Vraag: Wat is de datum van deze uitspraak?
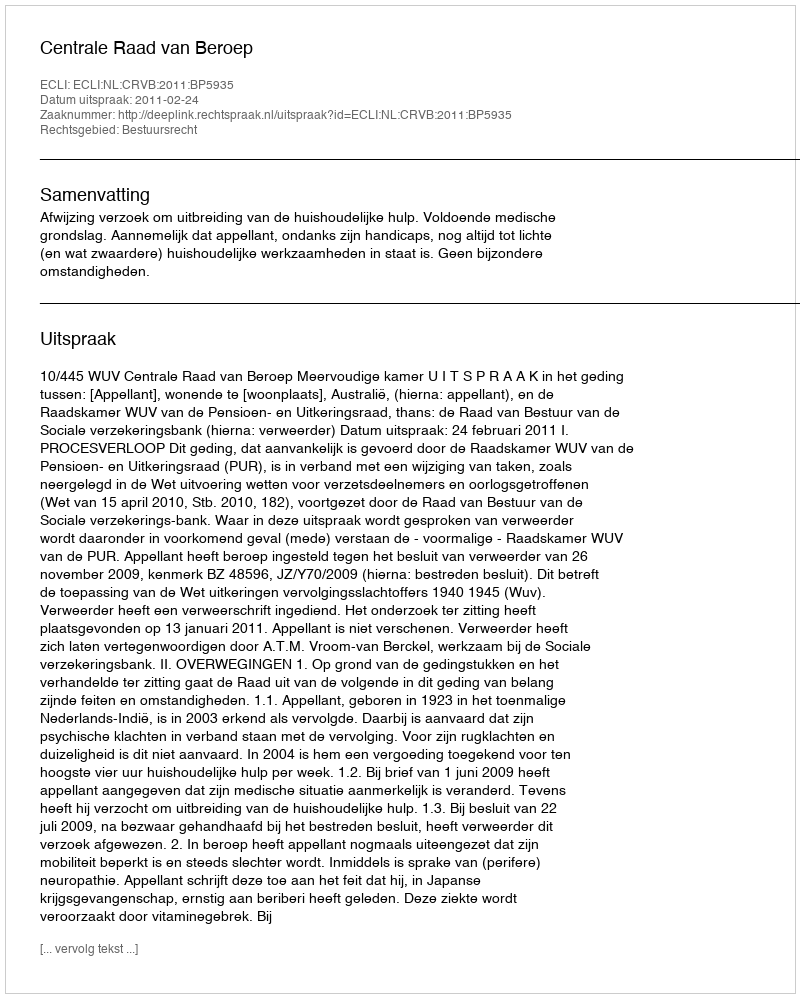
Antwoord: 2011-02-24